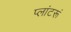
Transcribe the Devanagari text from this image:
प्लांटरूं